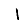
Digit: 1